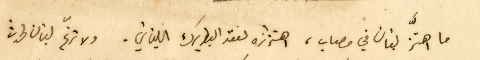
ما اهتزَّ لبنان في مصاب، اهتزازه لفقد البطريرك اللبناني. ولا ترنّح لبنان لحدث